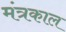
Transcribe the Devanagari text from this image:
मंत्रकाल